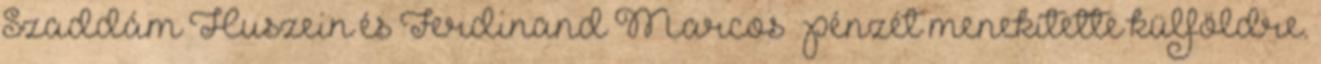
Szaddám Huszein és Ferdinand Marcos – pénzét menekítette külföldre.